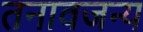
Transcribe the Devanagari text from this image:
तनावजन्य